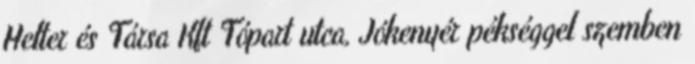
Helter és Társa Kft Tópart utca, Jókenyér pékséggel szemben